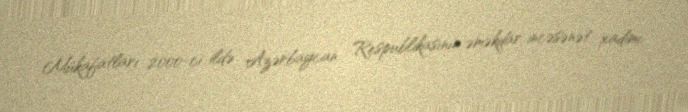
Mükafatları 2000-ci ildə Azərbaycan Respublikasının əməkdar incəsənət xadimi,